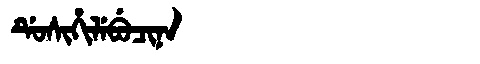
Manchu: ᡩᡠᠰᡳᡥᡳᠯᡝᠪᡠᠴᡳᠨᠠ
Romanization: DUSIHILEBUCINA